Annual administration report of the Civil Veterinary Department of India - 1899-1900
Year: 1899
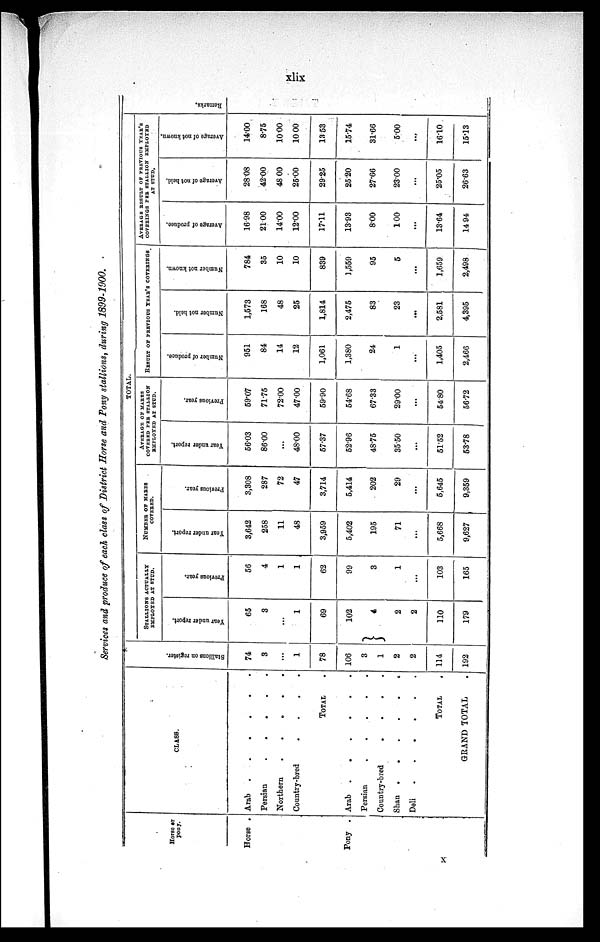
xlix
Services and produce of each class of District Horse and Pony stallions, during 1899-1900.
Horse or
pony.
Horse .
Pony .
CLASS.
Arab .
.
.
.
.
.
Persian
.
.
.
.
.
Northern . . . . .
Country-bred
.
.
.
.
TOTAL .
Arab .
.
.
.
.
.
Persian
.
.
.
.
.
Country-bred
.
.
.
.
Shan .
.
.
.
. .
Deli
.
.
.
.
.
.
TOTAL
GRAND TOTAL
St al l
i
ons on r egi s t
er .
74
3
...
1
78
106
3
1
2
2
114
192
TOTAL.
STALLIONS ACTUALLY
EMPLOYED AT STUD.
Year under report.
65
3
...
1
69
102
4
2
2
110
179
Previous year.
56
4
1
1
62
99
3
1
...
103
165
NUMBER OF MARES
COVERED.
Year under report.
3,642
258
11
48
3,959
5,402
195
71
...
5,668
9,627
Previous year.
3,308
287
72
47
3,714
5,414
202
29
...
5,645
9,359
AVERAGE OF MARES
COVERED PER STALLION
EMPLOYED AT STUD.
Year under report.
56.03
86.00
...
48.00
57.37
52.96
48.75
35.50
...
51.52
53.78
Previous year.
59.07
71.75
72.00
47.00
59.90
54.68
67.33
29.00
...
54 80
56.72
RESULT OF PREVIOUS YEAR'S COVERINGS
Number of produce.
951
84
14
12
1,061
1,380
24
1
...
1,405
2,466
Number not held.
1,573
168
48
25
1,814
2,475
83
23
...
2,581
4,395
Number not known.
784
35
10
10
839
1,559
95
5
...
1,659
2,498
AVERAGE RESULT OF PREVIOUS YEAR'S
COVERINGS PER STALLION EMPLOYED
AT STUD.
Average of produce
16.98
21.00
14.00
12.00
17.11
13.93
8.00
1 00
...
13.64
14 94
Average of not held.
28.08
42.00
48.00
25.00
29.25
25.20
27.66
23.00
...
25.05
26.63
Average of not known.
14.00
8.75
10.00
10.00
13.53
15.74
31.66
5.00
...
1610
15.13
Re ma r
ks .
X